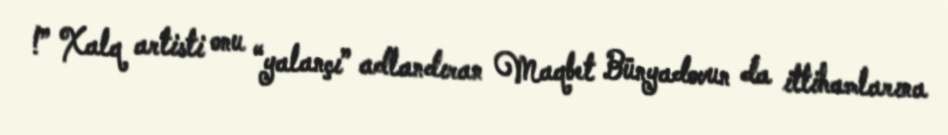
!” Xalq artisti onu “yalançı” adlandıran Maqbet Bünyadovun da ittihamlarına